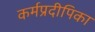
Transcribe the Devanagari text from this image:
कर्मप्रदीपिका